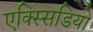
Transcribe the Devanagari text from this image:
एक्स्सिडियो